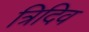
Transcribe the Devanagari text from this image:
त्रिदिव